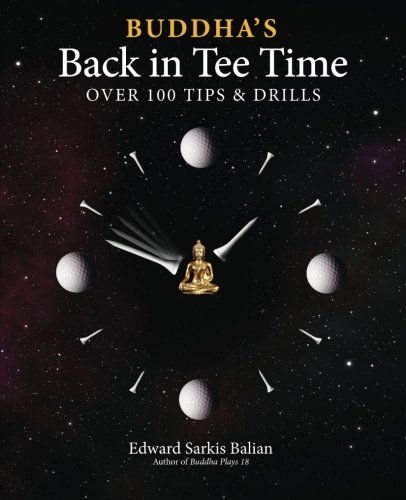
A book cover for Buddha's Back In Tee Time: Over 100 Tips & Drills; Dr. Edward Sarkis Balian; Sports & Outdoors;